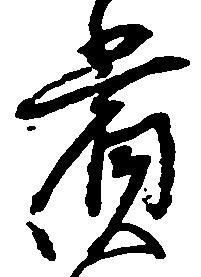
賞